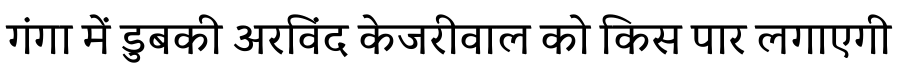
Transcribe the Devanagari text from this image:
गंगा में डुबकी अरविंद केजरीवाल को किस पार लगाएगी